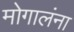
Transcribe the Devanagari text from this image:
मोगालंना